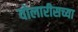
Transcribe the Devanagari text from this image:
वोलारीसच्या